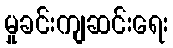
မှုခင်းကျဆင်းရေး